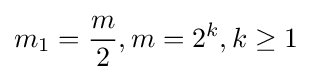
m_{1}={\frac {m}{2}},m=2^{k},k\geq 1